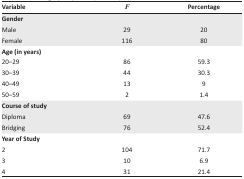
| Variable | F | Percentage |
 | --- | --- | --- |
 | Gender |  |  |
 | Male | 29 | 20 |
 | Female | 116 | 80 |
 | Age (in years) |  |  |
 | 20–29 | 86 | 59.3 |
 | 30–39 | 44 | 30.3 |
 | 40–49 | 13 | 9 |
 | 50–59 | 2 | 1.4 |
 | Course of study |  |  |
 | Diploma | 69 | 47.6 |
 | Bridging | 76 | 52.4 |
 | Year of Study |  |  |
 | 2 | 104 | 71.7 |
 | 3 | 10 | 6.9 |
 | 4 | 31 | 21.4 |